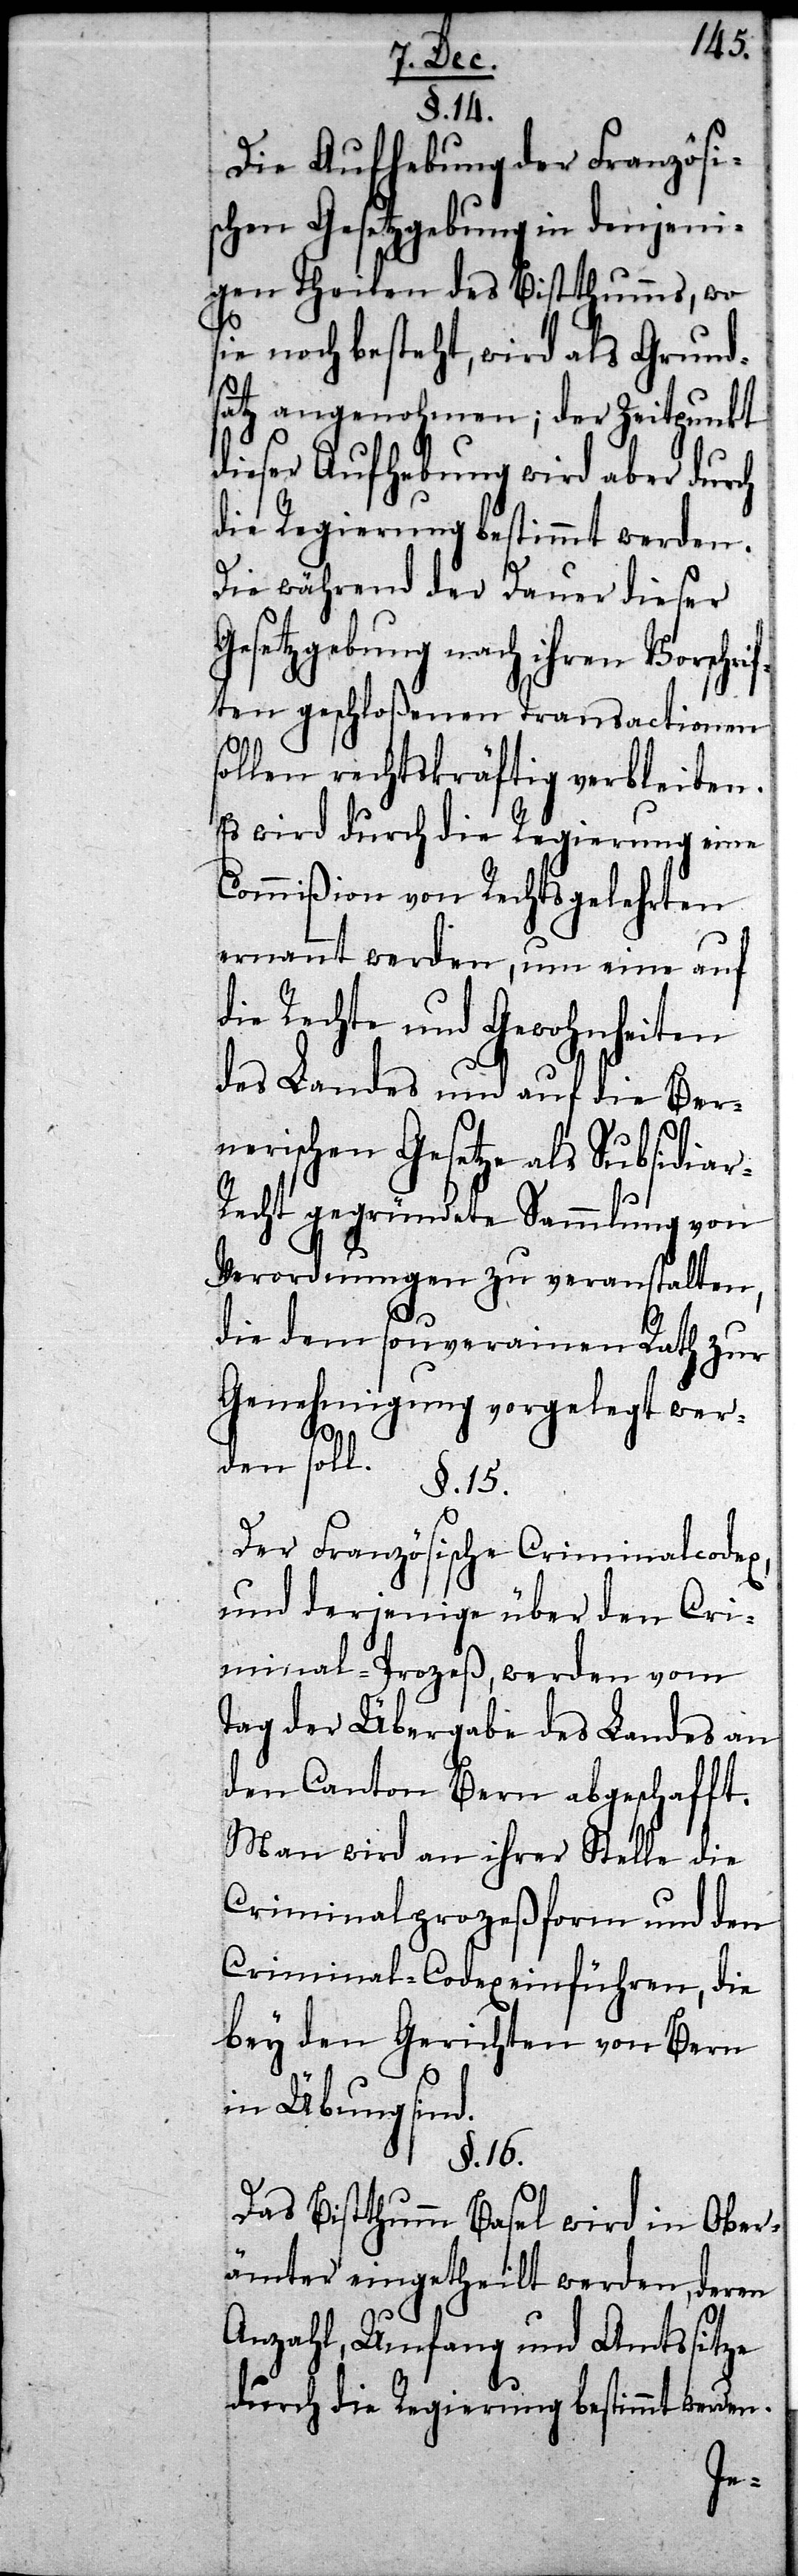
§. 14.
Die Aufhebung der Französi¬
schen Gesetzgebung in denjeni¬
gen Theilen des Bistthumms, wo
sie noch besteht, wird als Grund¬
satz angenohmen; der Zeitpunkt
dieser Aufhebung wird aber durch
die Regierung bestimmt werden.
Die während der Dauer dieser
Gesetzgebung nach ihren Vorschri¬
ften geschloßenen Transactionen
sollen rechtskräftig verbleiben.
Es wird durch die Regierung eine
Commißion von Rechtsgelehrten
ernannt werden, um eine auf
die Rechte und Gewohnheiten
des Landes und auf die Ber¬
nerischen Gesetze als Subsidia¬
Verordnungen zu veranstalten,
die dem souverainen Rath zur
Genehmigung vorgelegt wer¬
r-Recht
den soll.
§. 15.
Der Französische Criminalcodex,
und derjenige über den Cri¬
minal-Proceß, werden vom
Tag der Übergabe des Landes an
den Canton Bern abgeschafft.
Man wird an ihrer Stelle die
Criminalproceßform und den
Criminal-Codex einführen, die
bey den Gerichten von Bern
in Übung sind.
§. 16
Das Bistthumm Basel wird in Ober¬
ämter eingetheilt werden, deren
Anzahl, Umfang und Amtssitze
durch die Regierung bestimmt werden.